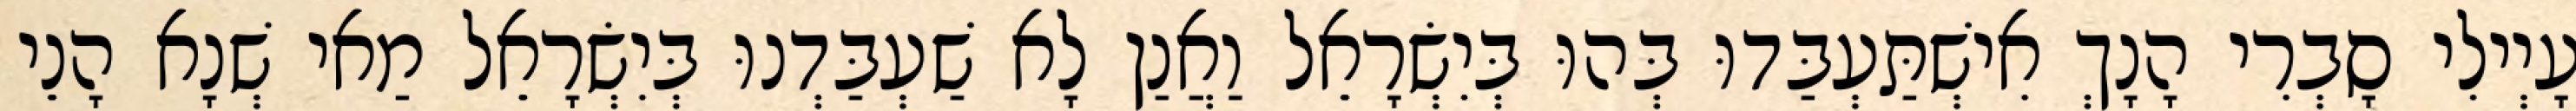
עָיְילִי סָבְרִי הָנָךְ אִישְׁתַּעְבַּדוּ בְּהוּ בְּיִשְׂרָאֵל וַאֲנַן לָא שַׁעְבַּדְנוּ בְּיִשְׂרָאֵל מַאי שְׁנָא הָנֵי